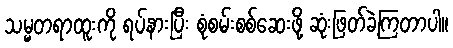
သမ္မတရာထူးကို ရပ်နားပြီး စုံစမ်းစစ်ဆေးဖို့ ဆုံးဖြတ်ခဲ့ကြတာပါ။